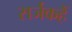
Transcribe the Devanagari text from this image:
सर्जकहैं